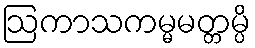
ဩကာသကမ္မမတ္တမ္ပိ